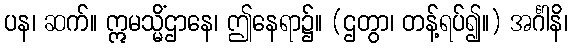
ပန၊ ဆက်။ ဣမသ္မိံဌာနေ၊ ဤနေရာ၌။ (ဌတွာ၊ တန့်ရပ်၍။) အင်္ဂါနိ၊